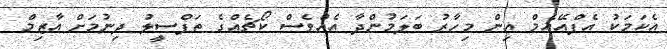
އެކަމަކު އެފްއޭއެމް އިން މިހާރު ބަލަމުންދާ އެއްވެސް ކޯޗެއްގެ ތަފްސީލު ދިނުމަށް އާޒިމް